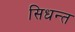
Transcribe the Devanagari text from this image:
सिधन्त